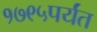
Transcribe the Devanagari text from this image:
१७९५पर्यंत